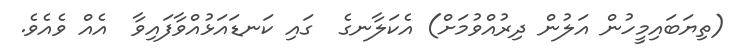
(ތިޔަބައިމީހުން އަލުން ދިރުއްވުމަށް) އެކަލާނގެ  ގައި ކަނޑައަޅުއްވާފައިވާ  އެއް ވެއެވެ.